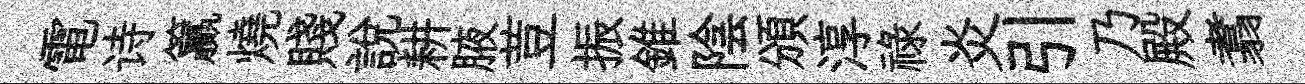
電诗籯燒賤説耕腋荳振錐陰頒淳禄炎引乃殿翥